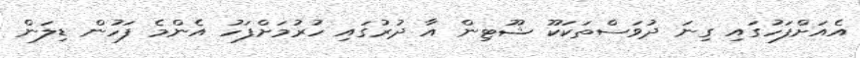
އެއަށްފަހުގައި ގިނަ ދުވަސްތަކަކޫ ޝޫޓިން އާ ދުރުގައި ހުރުމަށްފަހު އެންމެ ފަހުން ޑިލަން